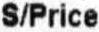
S/PRICE